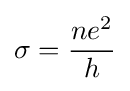
\sigma ={ne^{2} \over h}